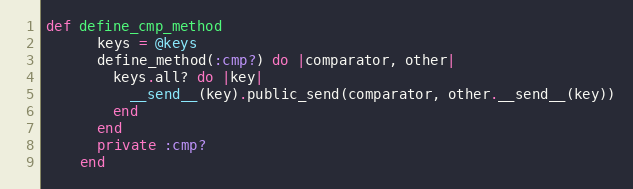
Language: Ruby
def define_cmp_method
      keys = @keys
      define_method(:cmp?) do |comparator, other|
        keys.all? do |key|
          __send__(key).public_send(comparator, other.__send__(key))
        end
      end
      private :cmp?
    end